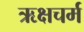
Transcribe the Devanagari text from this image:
ऋक्षचर्म